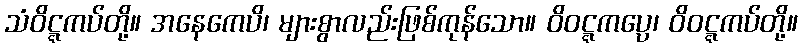
သံဝိဋ္ဋကပ်တို့။ အနေကေပိ၊ များစွာလည်းဖြစ်ကုန်သော။ ဝိဝဋ္ဋကပ္ပေ၊ ဝိဝဋ္ဋကပ်တို့။